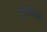
કસાવા